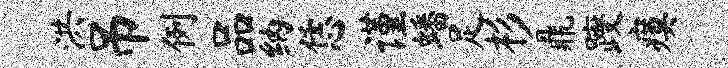
洪吊例品纳恁谨蟠足杉鼎躞瘼